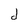
Character: d